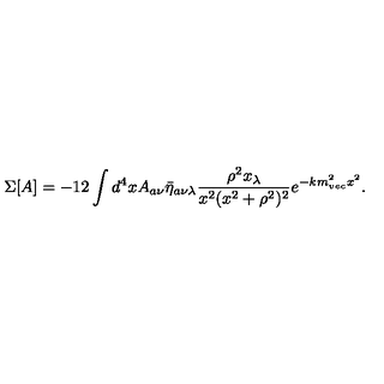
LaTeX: \Sigma [ A ] = - 1 2 \int d ^ { 4 } x A _ { a \nu } \bar { \eta } _ { a \nu \lambda } \frac { \rho ^ { 2 } x _ { \lambda } } { x ^ { 2 } ( x ^ { 2 } + \rho ^ { 2 } ) ^ { 2 } } e ^ { - k m _ { v e c } ^ { 2 } x ^ { 2 } } .